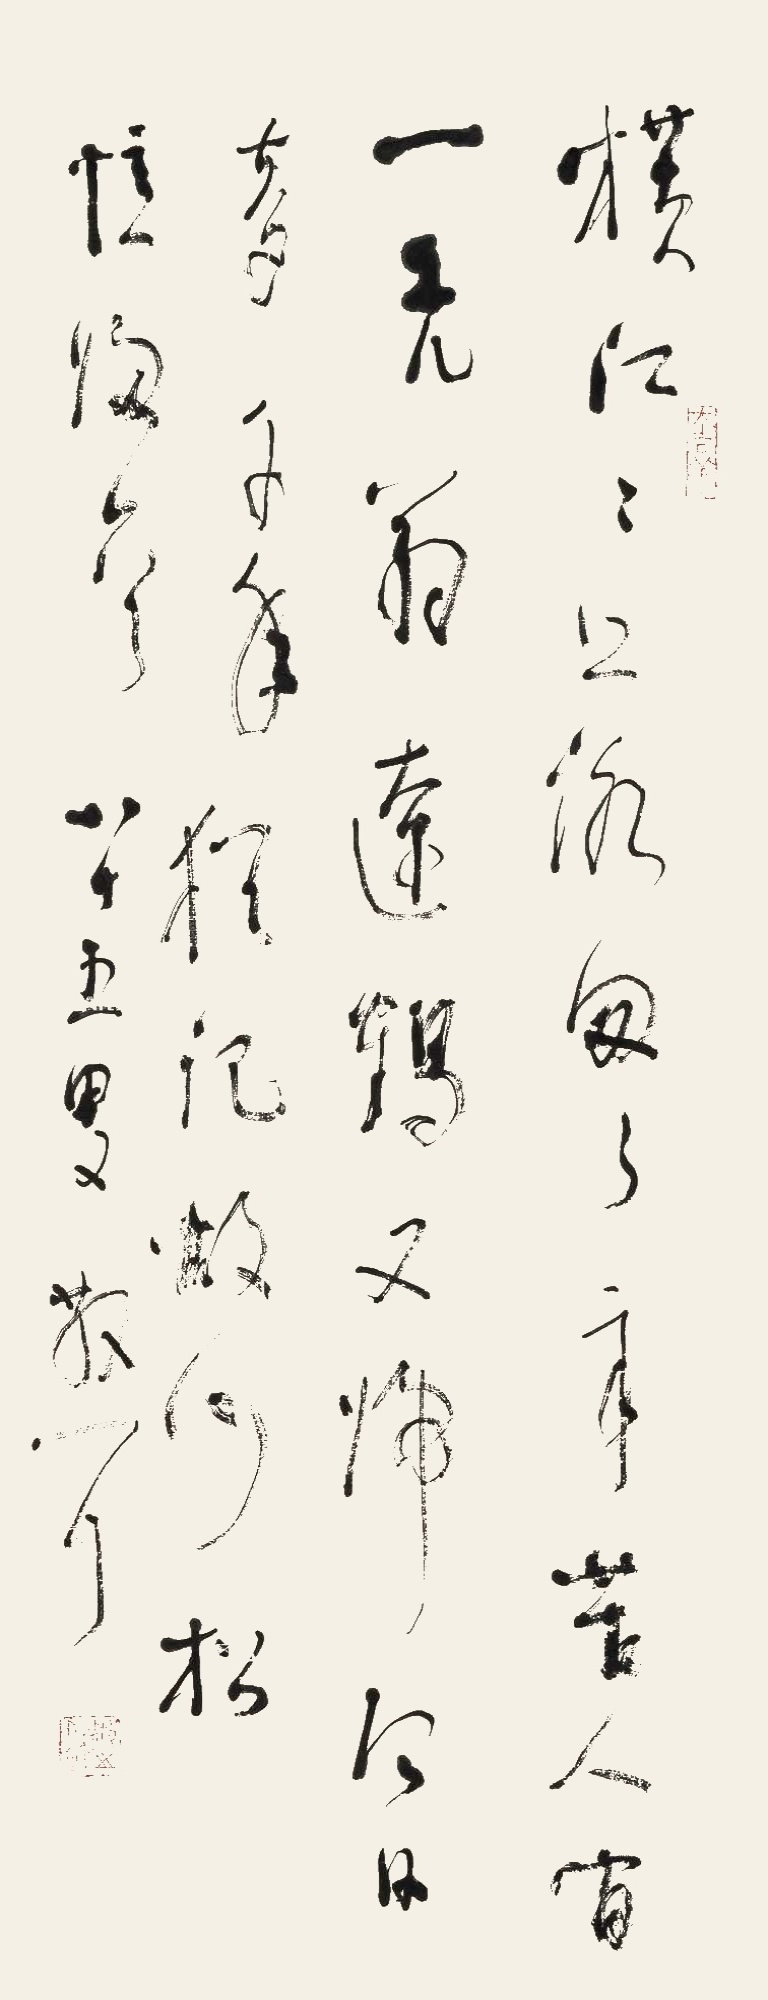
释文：横江江上流匆匆，辛苦人间一老翁。远鹤又啼何日奉，千年犹记故山松。忆归一首。八十五叟，散耳。